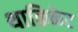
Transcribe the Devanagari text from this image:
थाक्रिकेट